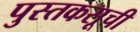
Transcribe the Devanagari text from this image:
पुस्तकसूची